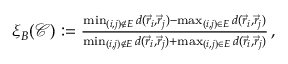
\begin{array} { r } { \xi _ { B } ( \mathcal { C } ) : = \frac { \operatorname* { m i n } _ { ( i , j ) \notin E } d ( \vec { r } _ { i } , \vec { r } _ { j } ) - \operatorname* { m a x } _ { ( i , j ) \in E } d ( \vec { r } _ { i } , \vec { r } _ { j } ) } { \operatorname* { m i n } _ { ( i , j ) \notin E } d ( \vec { r } _ { i } , \vec { r } _ { j } ) + \operatorname* { m a x } _ { ( i , j ) \in E } d ( \vec { r } _ { i } , \vec { r } _ { j } ) } \, , } \end{array}